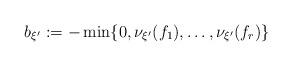
LaTeX: \begin{align*}b_{\xi'}:=-\min\{0,\nu_{\xi'}(f_1),\dots,\nu_{\xi'}(f_r)\}\end{align*}